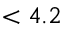
< 4 . 2